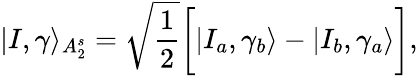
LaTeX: |I,\gamma\rangle_{A_{2}^{s}}=\sqrt{\frac{1}{2}}\bigg[|I_{a},\gamma_{b}\rangle-|I_{b},\gamma_{a}\rangle\bigg],